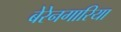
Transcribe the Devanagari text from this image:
बेरेनगारिया